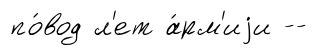
по́вод л'ет а́рм'иjи --